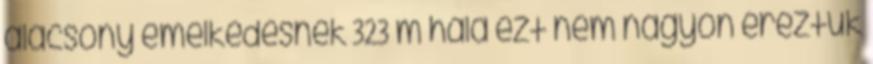
alacsony emelkedésnek 323 m hála ezt nem nagyon éreztük